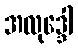
အလုဒ္ဒေါ